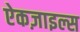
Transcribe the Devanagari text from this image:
ऐकज़ाइल्स